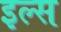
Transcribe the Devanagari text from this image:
इल्स